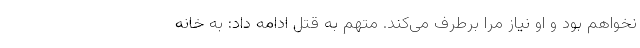
نخواهم بود و او نیاز مرا برطرف می‌کند. متهم به قتل ادامه داد: به خانه